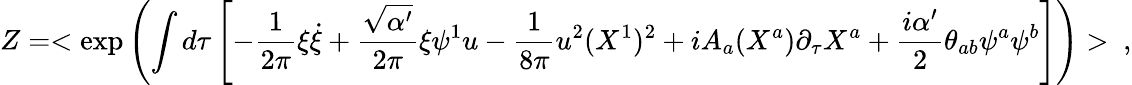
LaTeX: Z=<\exp\left(\int d\tau\left[-\frac{1}{2\pi}\xi\dot{\xi}+\frac{\sqrt{\alpha^{\prime}}}{2\pi}\xi\psi^{1}u-\frac{1}{8\pi}u^{2}(X^{1})^{2}+iA_{a}(X^{a})\partial_{\tau}X^{a}+\frac{i\alpha^{\prime}}{2}\theta_{ab}\psi^{a}\psi^{b}\right]\right)>\ ,